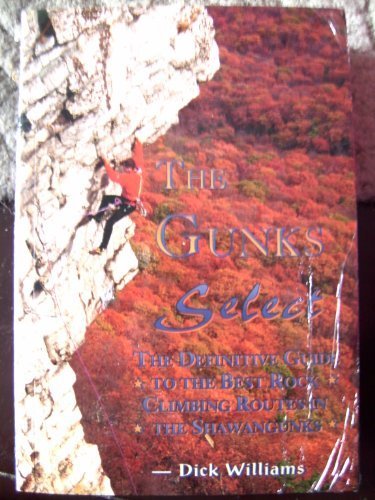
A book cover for The Gunks Select (The Definitive Guide to the Best Rock Climbing Routes in the Shawangunks); Dick Williams; Sports & Outdoors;